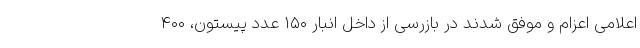
اعلامی اعزام و موفق شدند در بازرسی از داخل انبار ۱۵۰ عدد پیستون، ۴۰۰